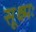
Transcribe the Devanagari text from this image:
सूक्ष्मः